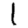
Digit: 1